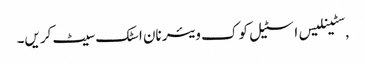
,سٹینلیس اسٹیل کوک ویئر نان اسٹک سیٹ کریں۔